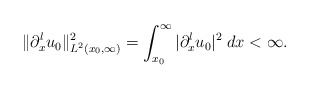
\begin{align*}\|\partial_x^lu_0\|_{L^2(x_0,\infty)}^2= \int_{x_0}^\infty |\partial_x^lu_0|^2 \; dx< \infty.\end{align*}